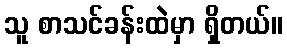
သူ စာသင်ခန်းထဲမှာ ရှိတယ်။